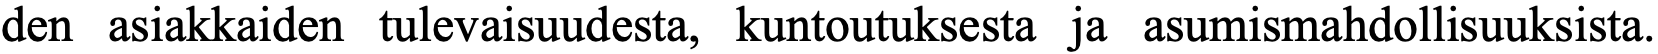
den asiakkaiden tulevaisuudesta, kuntoutuksesta ja asumismahdollisuuksista.